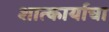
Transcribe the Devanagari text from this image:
शात्कार्याचा